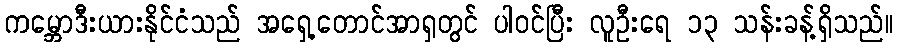
ကမ္ဘောဒီးယားနိုင်ငံသည် အရှေ့တောင်အာရှတွင် ပါဝင်ပြီး လူဦးရေ ၁၃ သန်းခန့်ရှိသည်။